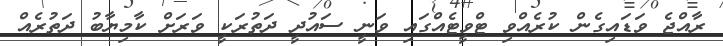
ރާއްޖެ ވަޑައިގެން ކުރެއްވި ޓްވީޓެއްގައި ވަނީ ސައުދީ ދަތުރަކީ ވަރަށް ކާމިޔާބު ދަތުރެއް